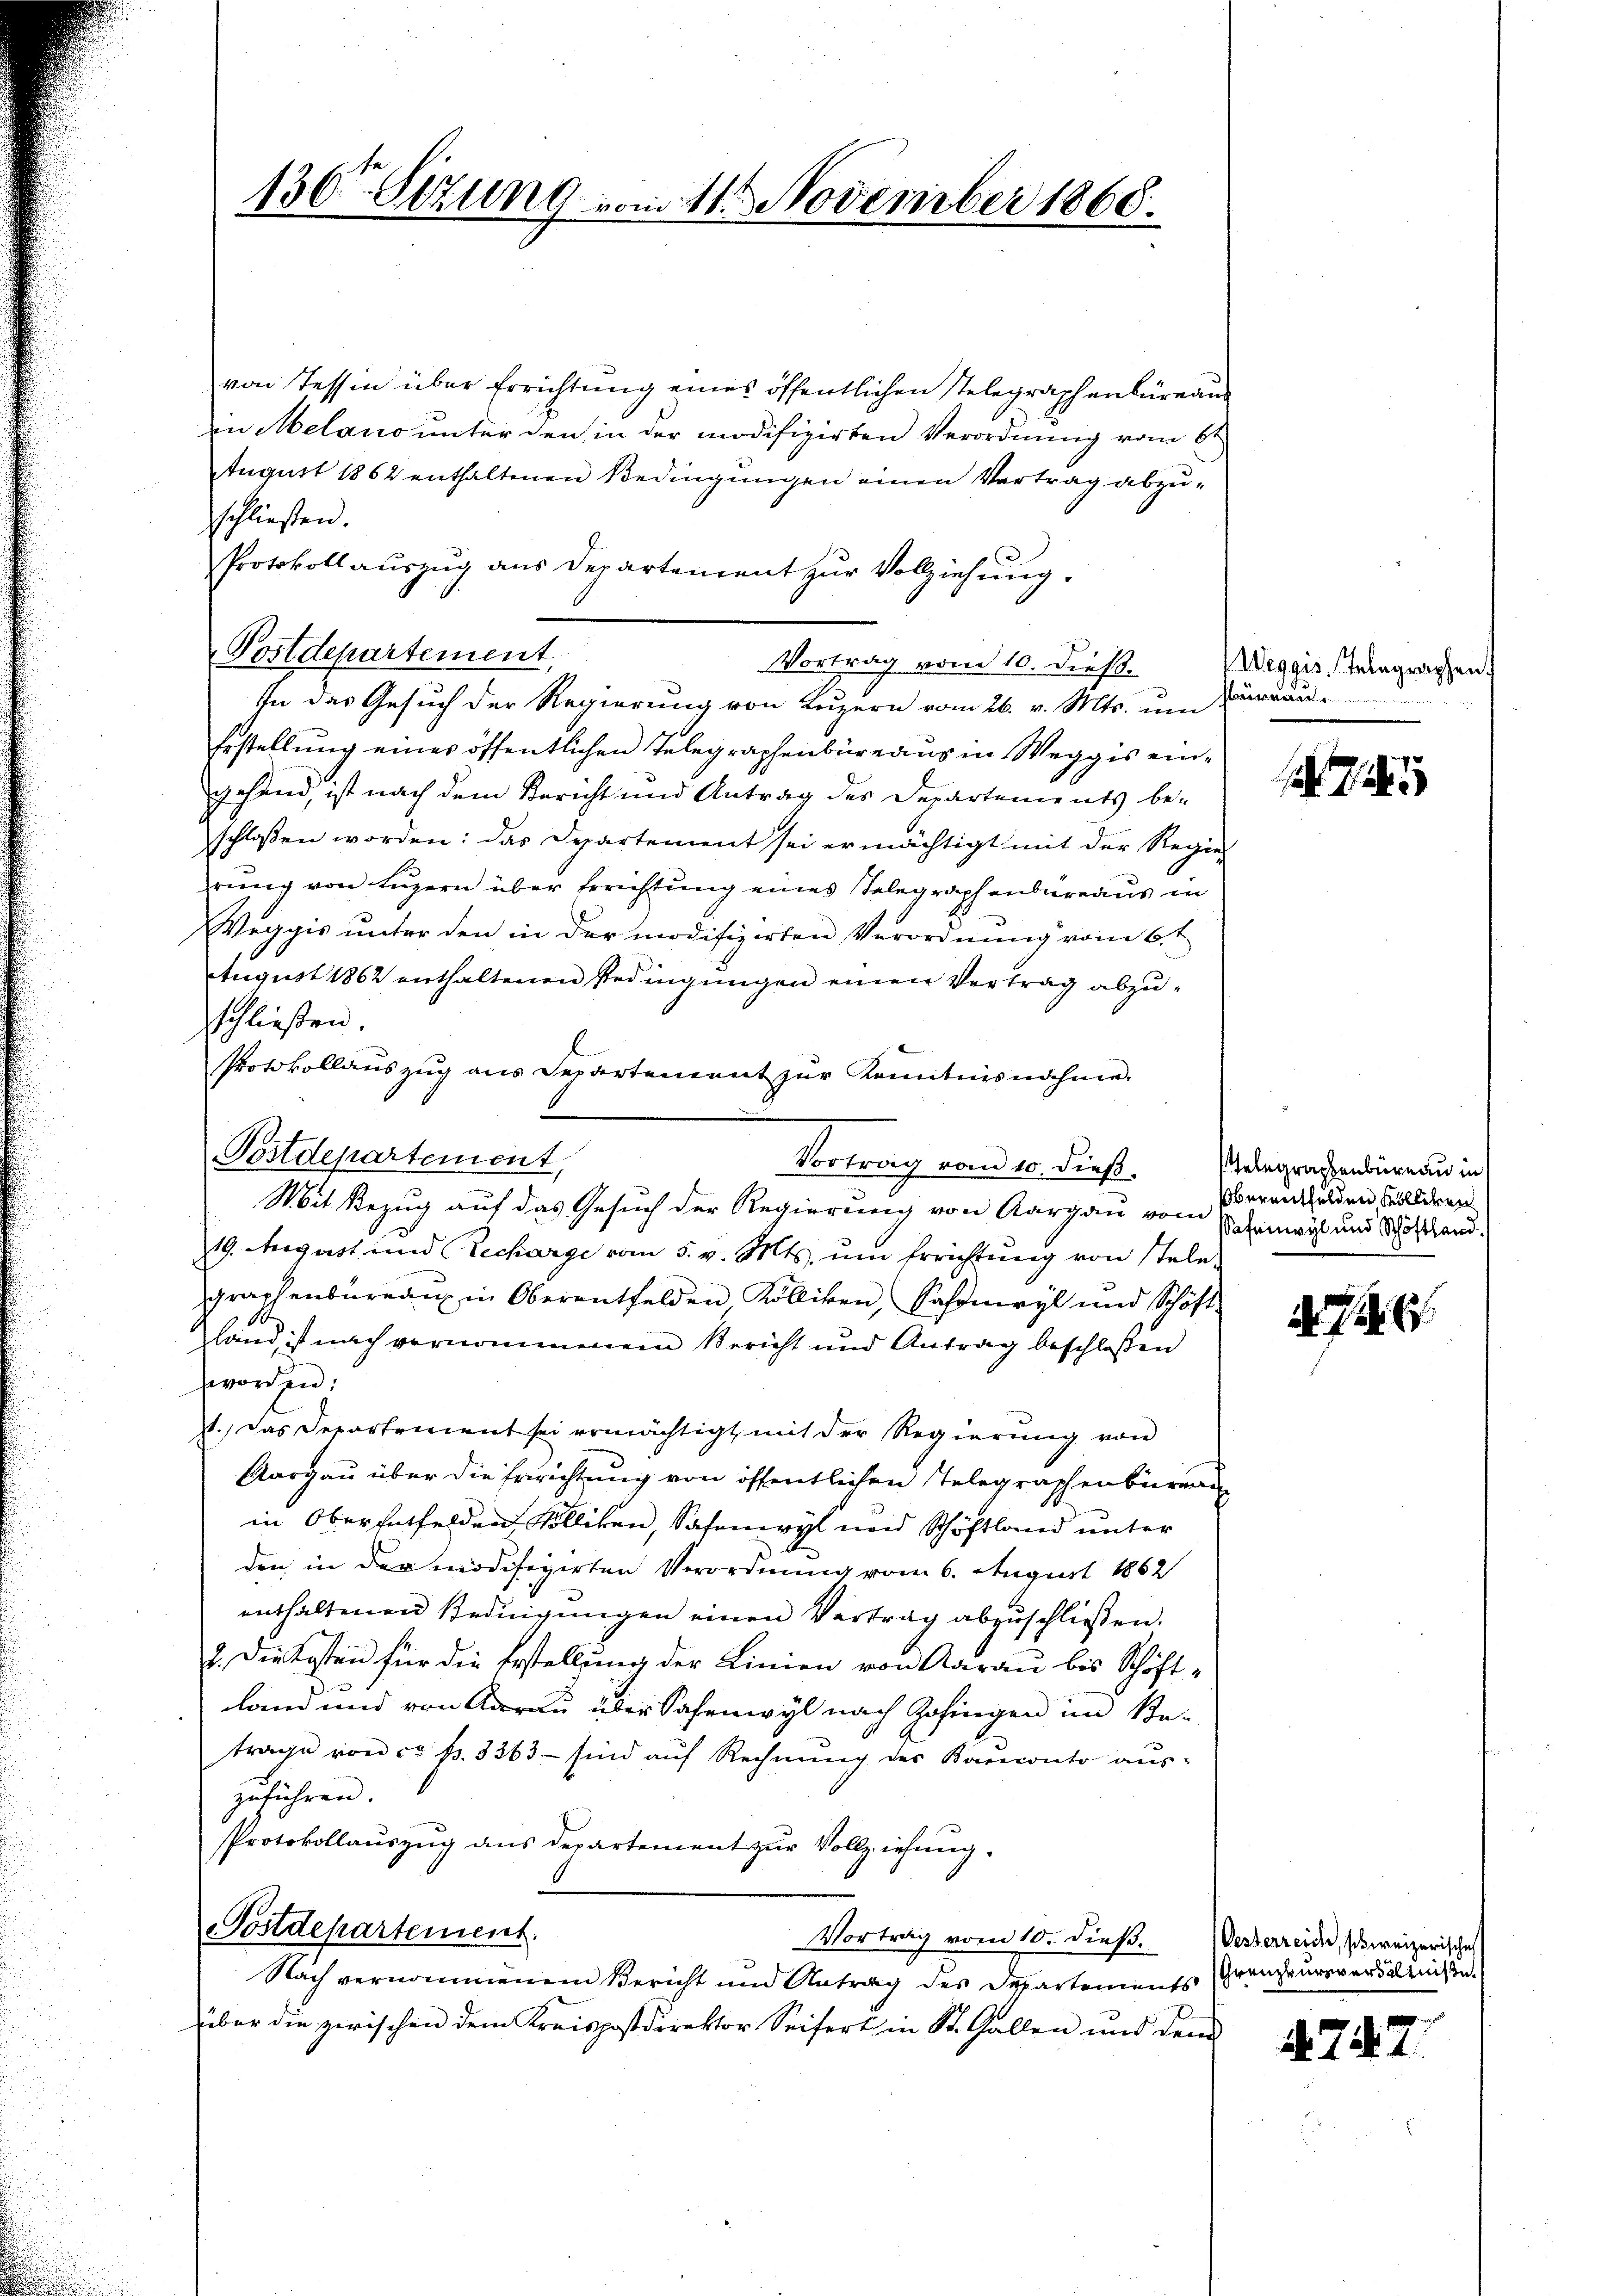
von Tessin über Errichtung eines öffentlichen Stelegraphenbüreaus
in Melano unter den in der modifizirten Verordnung vom 6t
ugust 1862 enthaltenen Bedingungen einen Vertrag abzuschließen.
Protokollauszug aus Departement zur Vollziehung.
Vortrag vom 10. dieß.
In das Gesuch der Regierung von Luzern vom 26. v. Mts. um Barrau¬
Erstellung eines öffentlichen Telegraphenbüreaus in Weggis eingehend, ist nach dem Bericht und Antrag des Departements be-
schlossen worden: das Departement sei ermächtigt mit der Regier
rung von Luzern über Errichtung eines Selegraphenbüreaus in
Weggis unter den in der modifizirten Verordnung vom 6. t
August 1862 enthaltenen Bedingungen einen Vertrag abzuschließen.
Protokollauszug aus Departement zur Kenntnisnahme.
1

Postdepartement,

Postdepartement,
Vortrag vom 10. dieß.

Mit Bezug auf das Gesuch der Regierung von Aargau vom
19. August und Decharge vom 5. v. Mts. ŭm Errichtŭng von stele-
graphenbüreau in Oberentfelden Kölliken, Safomvyl und Schöft
land, ist nach vernommenem Bericht und Antrag beschloßen
worden:
st.) Das Departement sei ermächtigt mit der Regierung von
Aargau über die Errichtung von öffentlichen Telegraphenbüreau
in Oberhalfelden Kolliken, Safenwyl und Schöftland unter
den in der modifizirten Verordnung vom 6. August 1862
enthaltenen Bedingungen einen Vertrag abzuschließen.
2. Die Kosten für die Erstellung der Linien von Aarau bis Schöftland und von Aarau über Sachenwyl nach Zofingen im Be-
trage von ca p. 3363 — sind auf Rechnung des Bauconto auszuführen.
Protokollauszug aus Departement zur Vollziehung.
Postdepartement.
Vortrag vom 10. dieβ. Oesterreide, schweizerische
Nach vernommenem Bericht und Antrag des Departements Grenzeurerers alleichen
über die zwischen dem Kreispostdirektor Seifert in St. Gallen und dem

130ten Sitzung vom 11. November 1868.

Weggis Telegraphen

Gelegraphenbüreau in
Oberentfelden Kolliken
Safenwyl und Schöftland.

d . . .

4747.